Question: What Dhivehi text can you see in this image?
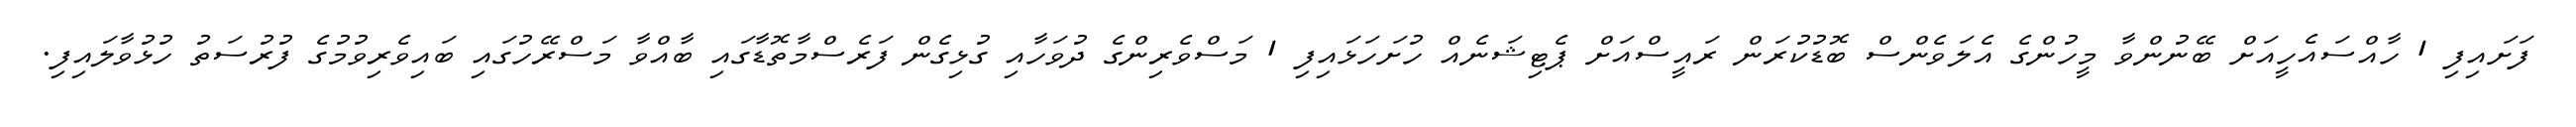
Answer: ފަށައިފި 1 ހާއްސައެހީއަށް ބޭނުންވާ މީހުންގެ އެލަވެންސް ބޮޑުކުރަން ރައީސްއަށް ޕެޓިޝަނެއް ހުށަހަޅައިފި 1 މަސްވެރިންގެ ދުވަހާއި ގުޅިގެން ފަރެސްމާތޮޑާގައި ބާއްވާ މަސްރޭހުގައި ބައިވެރިވުމުގެ ފުރުސަތު ހުޅުވާލައިފި.